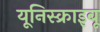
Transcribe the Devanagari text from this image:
यूनिस्क्राइबू